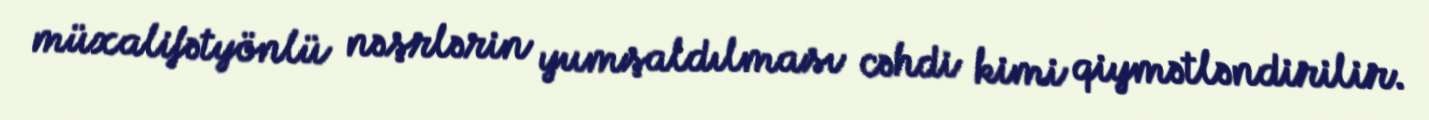
müxalifətyönlü nəşrlərin yumşaldılması cəhdi kimi qiymətləndirilir.